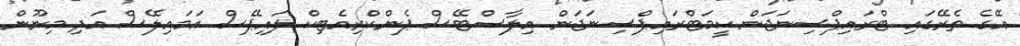
އޭގެ ތެރޭގައި ޓްރައިޕްސިނަޖަން ކީމަޓްރައިޕްސިނަޖަން އިލާސްޓޭސް ޕެންކްރިއެޓިކް ލައިޕޭސް އަމައިލޭސް އަދި މިނޫން